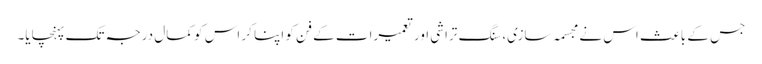
جس کے باعث اس نے مجسمہ سازی، سنگ تراشی اور تعمیرات کے فن کو اپنا کر اس کو کمال درجہ تک پہنچایا۔